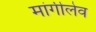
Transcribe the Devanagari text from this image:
मांगीलेव